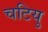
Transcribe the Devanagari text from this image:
चटियु